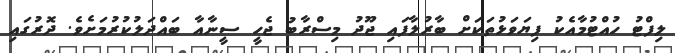
ލިފްޓު ހުއްޓުމާއެކު ފިޔަވަޅުތަކަށް ބާރުލާފައި ޖޫދު މިސްރާބު ޖެހީ ސީނާއާ ބައްދަލުކުރުމަށެވެ. ދޮރުގައި